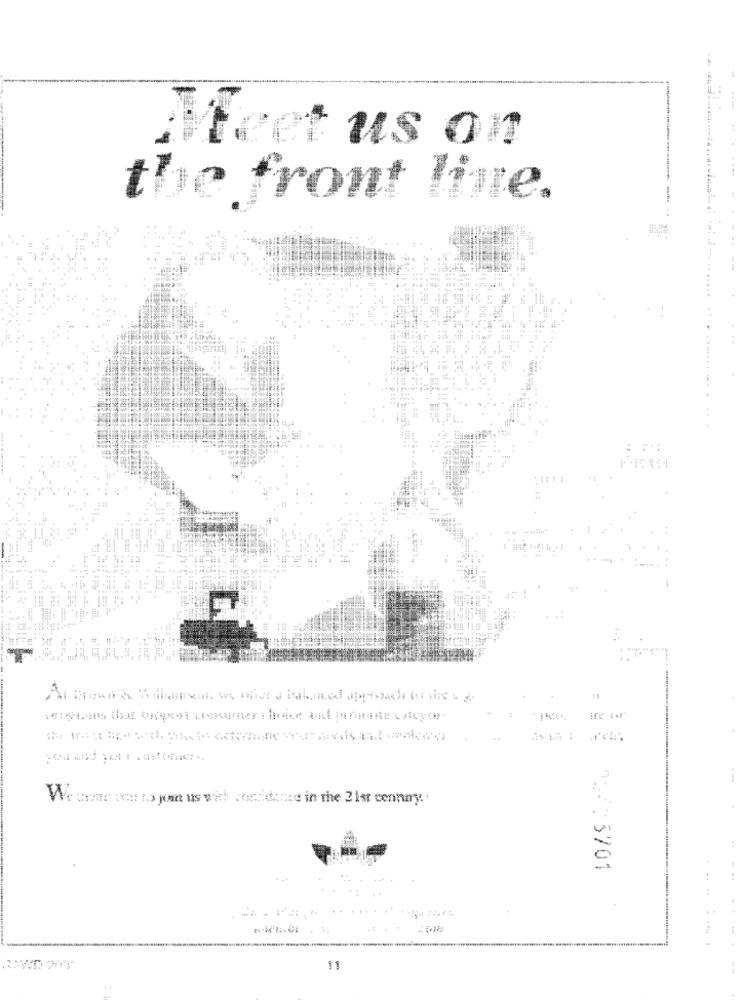
Meet us on
the front line.
-
:
verwhois that ongrot consumer choice und permette estoyte
--
We were wars jom us with confidence in the 21st cennay ..
:
n/ : 3701
11